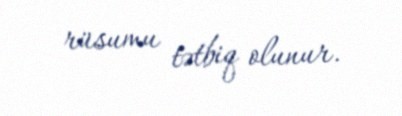
rüsumu tətbiq olunur.